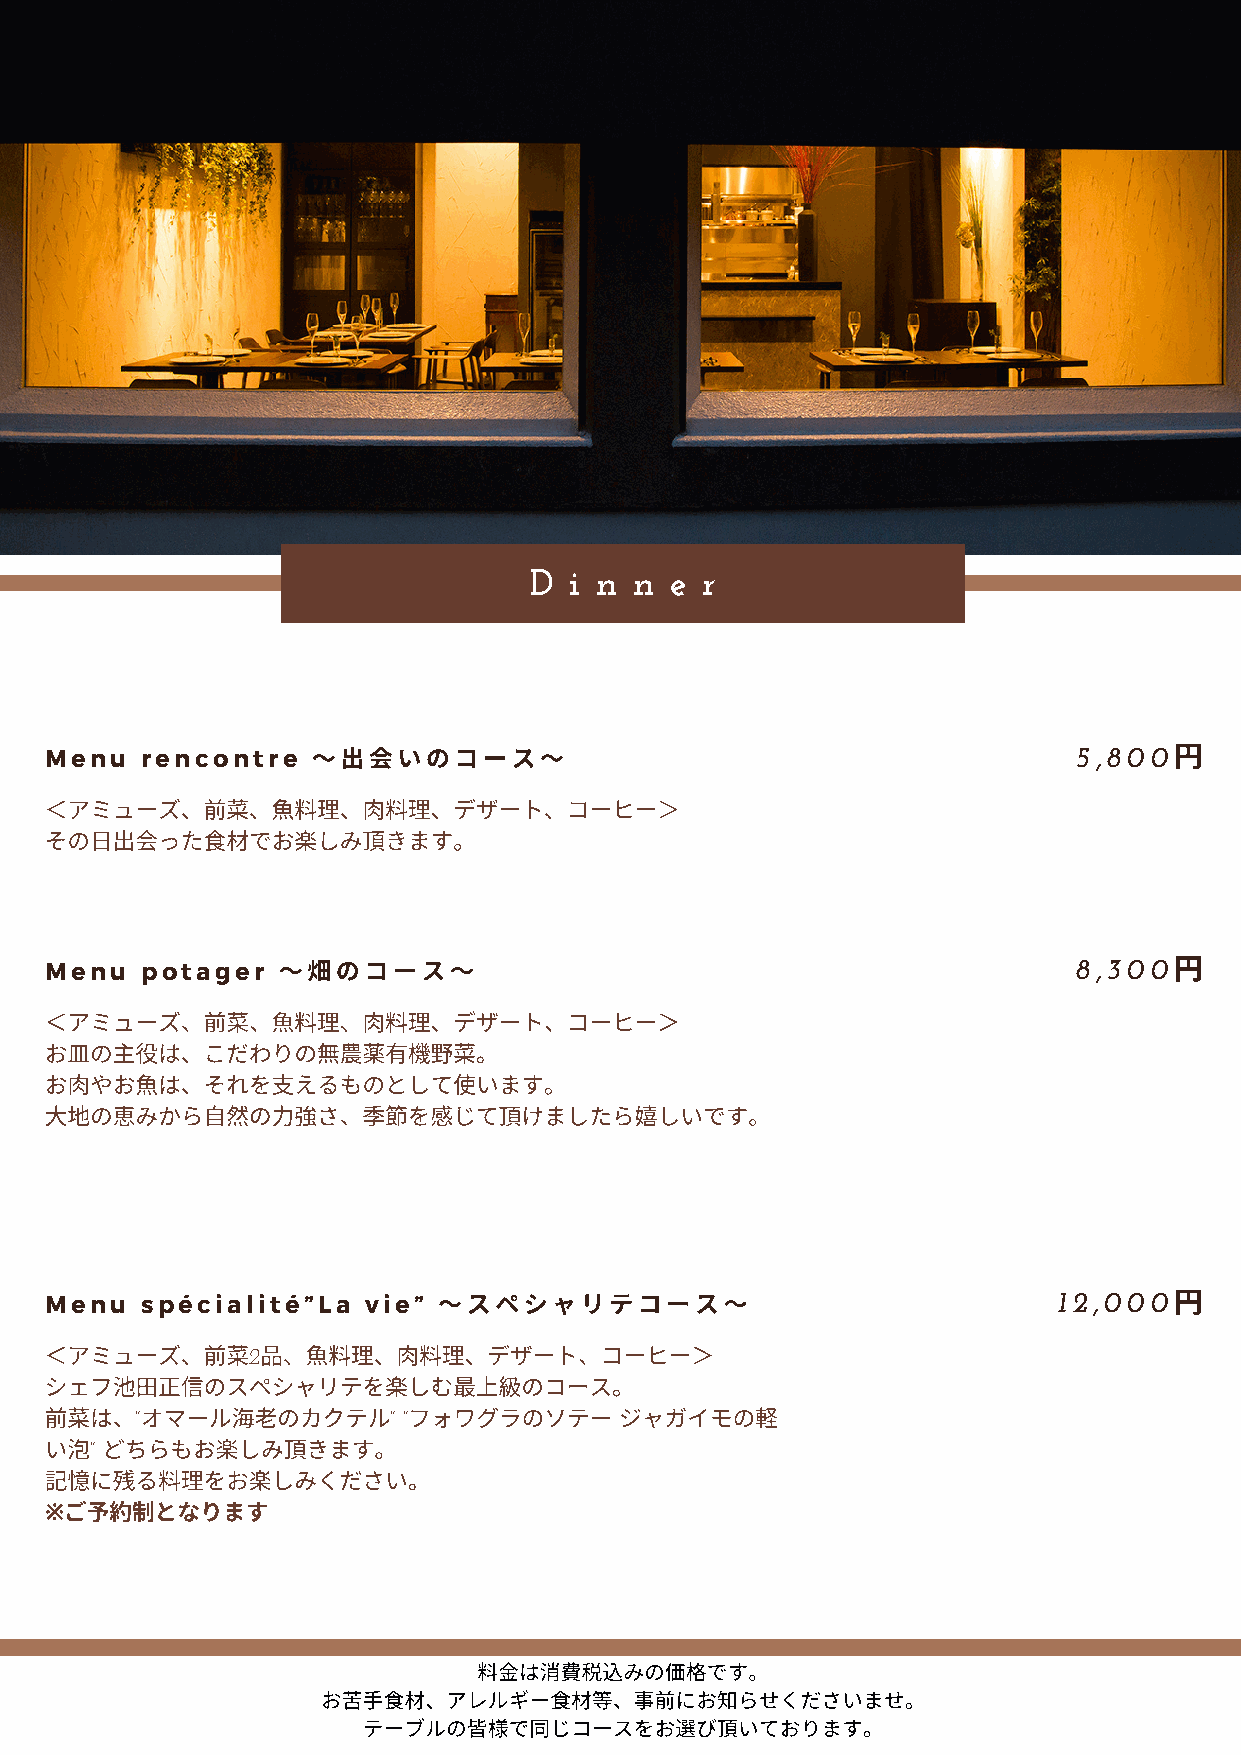
D  i n n e r
 Menu  rencontre   〜いのコース〜                                         5,800円
 ＜アミューズ、前菜、⿂料理、⾁料理、デザート、コーヒー＞
 その⽇った材でおしみ頂きます。
 Menu  potager  〜畑のコース〜                                              8,300円
 ＜アミューズ、前菜、⿂料理、⾁料理、デザート、コーヒー＞
 お⽫の主は、こだわりの薬有野菜。
 お⾁やお⿂は、それをえるものとして使います。
 ⼤地の恵みから⾃の⼒さ、をじて頂けましたらしいです。
 Menu  spécialité”La  vie” 〜スペシャリテコース〜                              12,000円
 ＜アミューズ、前菜2品、⿂料理、⾁料理、デザート、コーヒー＞
 シェフ池⽥正のスペシャリテをしむ上のコース。
 前菜は、”オマール⽼のカクテル”       ”フォワグラのソテー    ジャガイモの軽
 い” どちらもおしみ頂きます。
 にる料理をおしみください。
 ご予制となります
 ※
 料金は消みの価です。
 お苦⼿材、アレルギー材等、事前にお知らせくださいませ。
 テーブルので同じコースをおび頂いております。